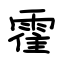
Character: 霍